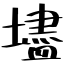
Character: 壗